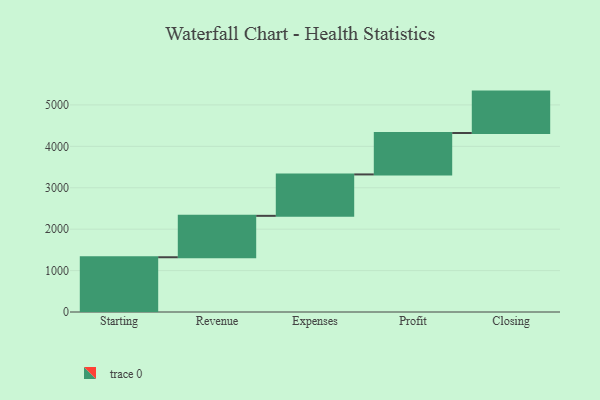
{"axis": {"x": "Step", "y": "Value"}, "legend": [""], "data": [{"x": "Starting", "y": 1322.0, "type": ""}, {"x": "Revenue", "y": 1000, "type": ""}, {"x": "Expenses", "y": 1000, "type": ""}, {"x": "Profit", "y": 1000, "type": ""}, {"x": "Closing", "y": 1000, "type": ""}]}